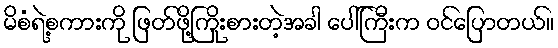
မိစံရဲ့စကားကို ဖြတ်ဖို့ကြိုးစားတဲ့အခါ ပေါ်ကြီးက ဝင်ပြောတယ်။